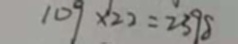
1 0 9 \times 2 2 = 2 3 9 8